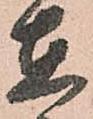
在